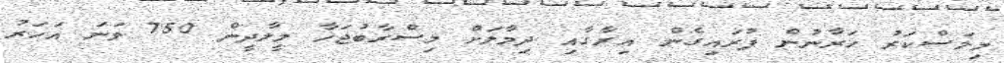
މިލަސްކަރު ހަރާނުން ފުރައިގެން އިރާގާއި ދިމާލަށް މިސްރާބުޖަހާ މީލާދީން 750 ވަނަ އަހަރު